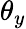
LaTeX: \theta_{y}